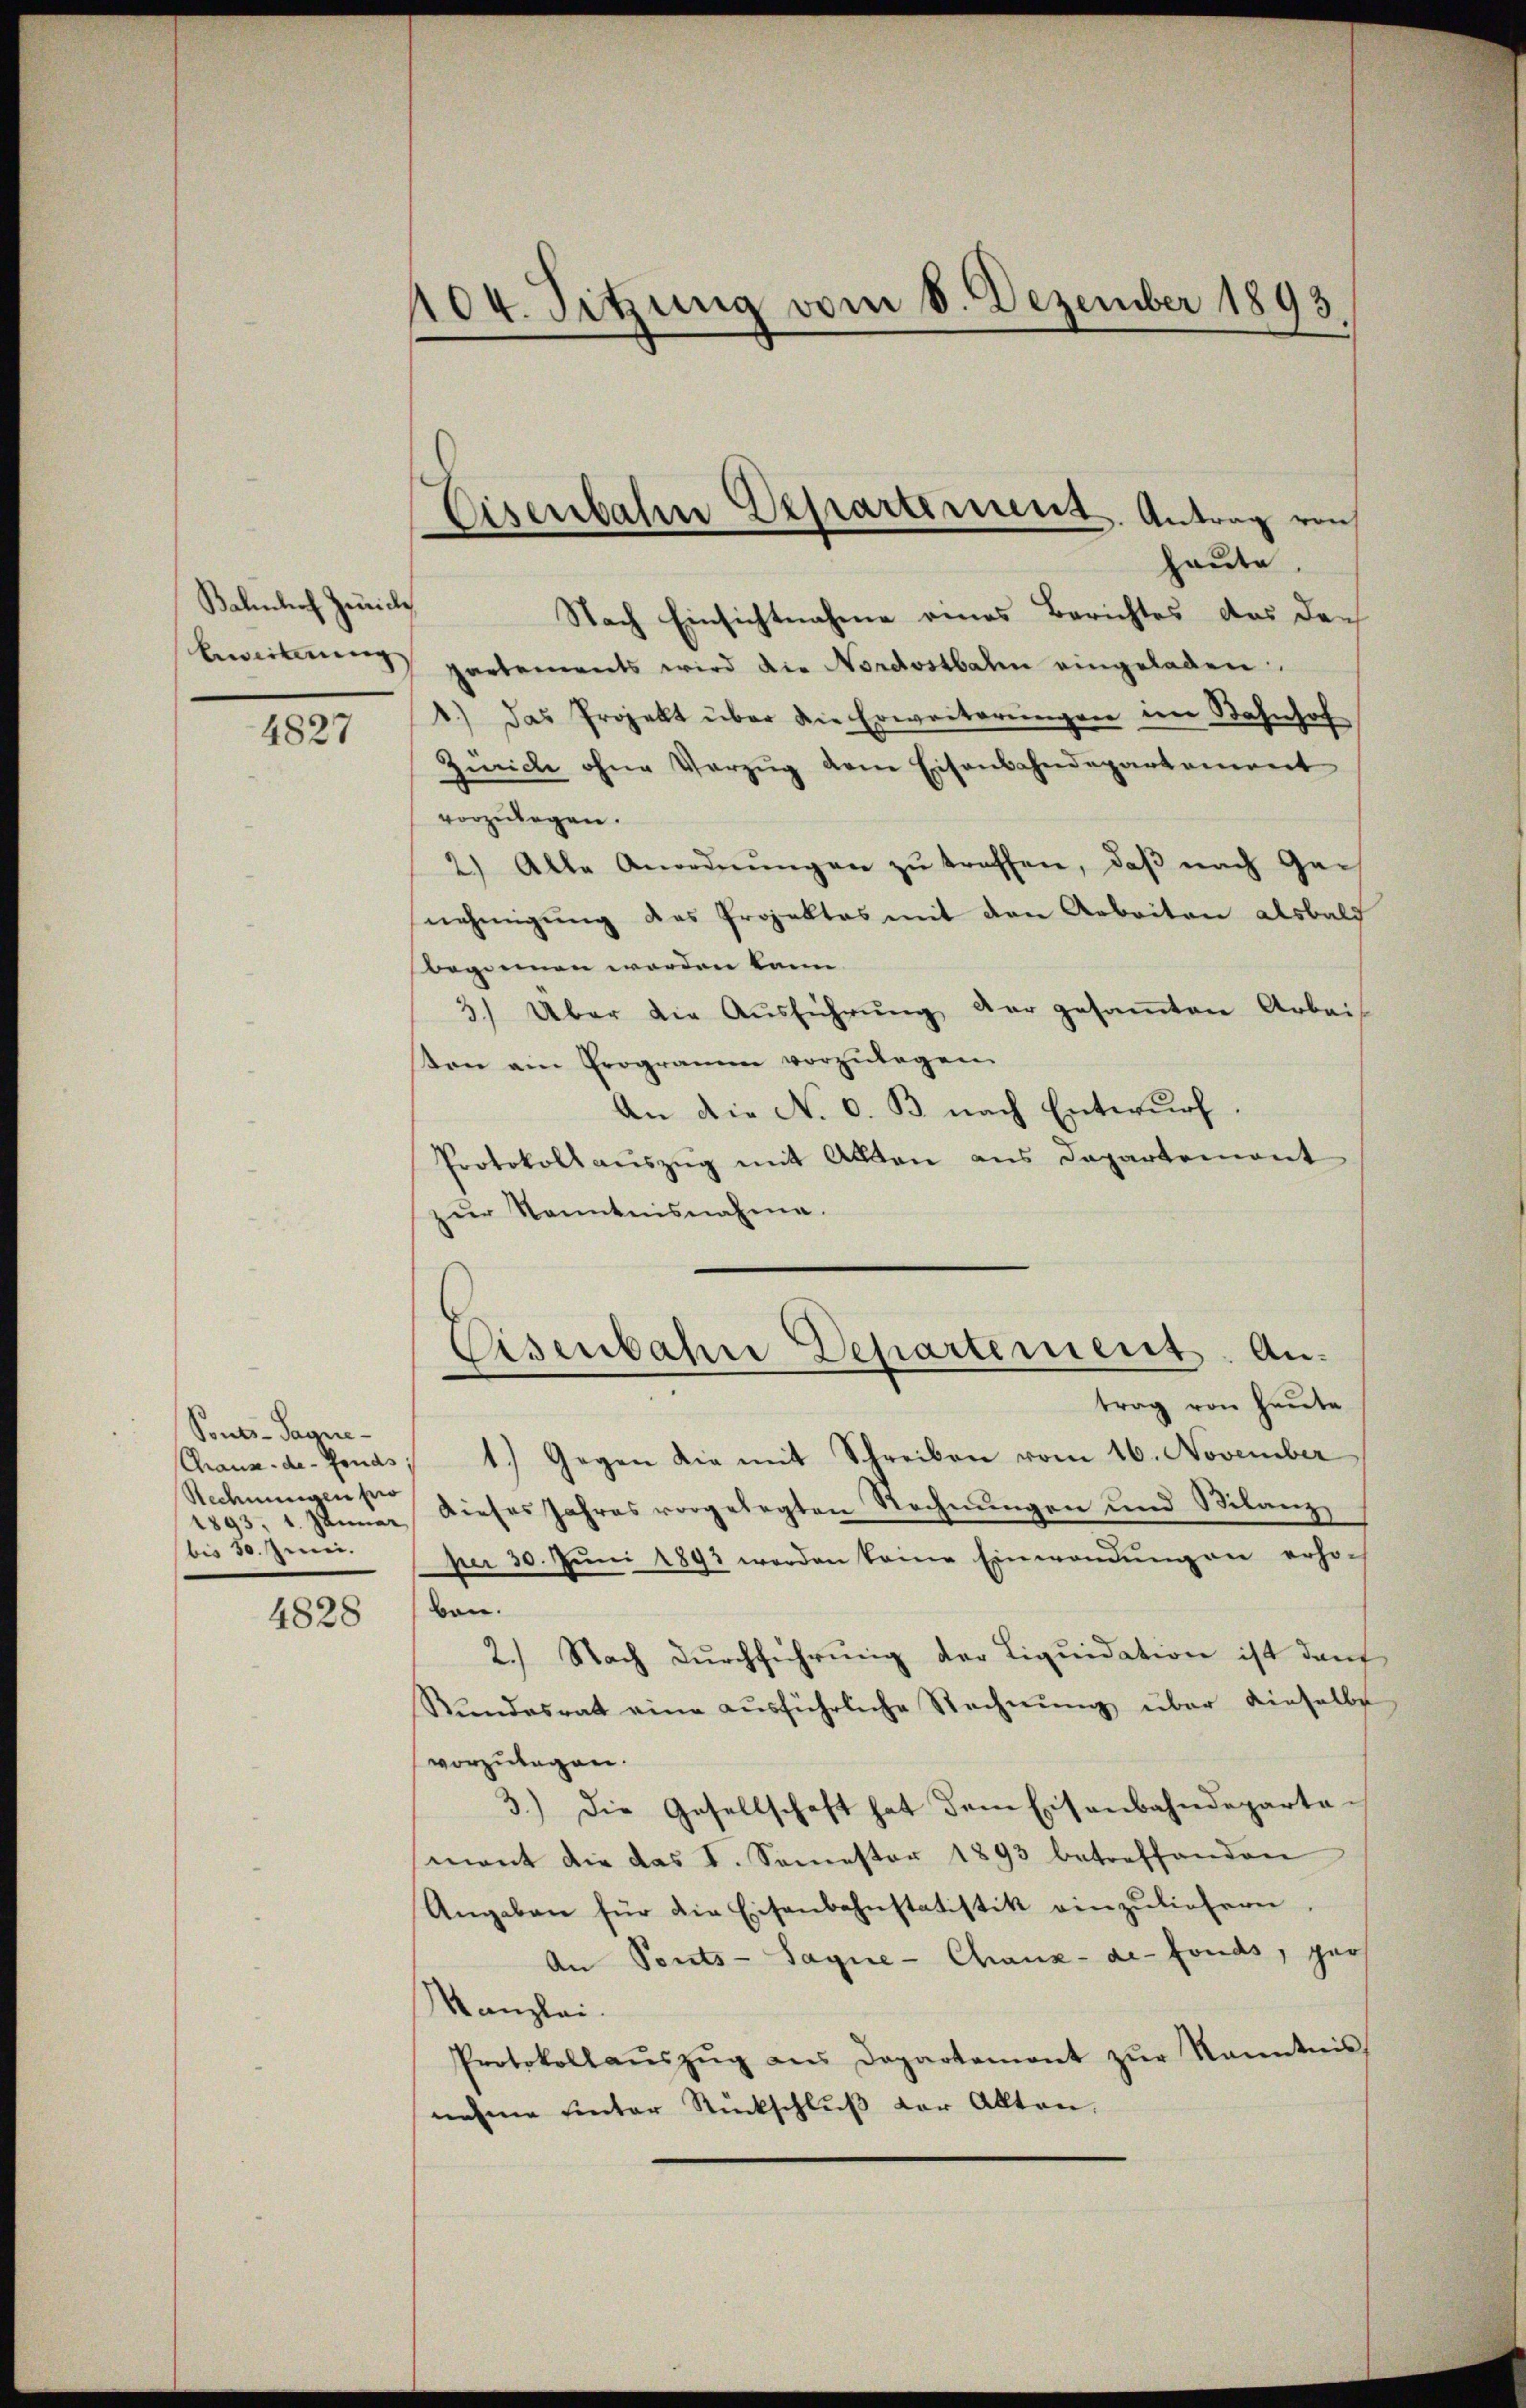
Balmlich Zeiche
Beweiterung

4827

Pouts-Sagnie-
Rechnungen pro
1893, 1. Januar
bis 30. Zwei

4828

104. Sitzung vom 8. Dezember 1893.

Eisenbahn Departement. Antrag von

haute.
Nach Einsichtnahme eines Berichtes das doc
partements wird die Nordostbahn eingeladen.
1.) Das Projekt über die Erweiterŭngen im Bahnhof
Zürich ohne Vorzŭg dem Eisenbahndepartement
vorzulegen.
2) Alle Anordnŭngen zŭ treffen, daβ nach Genehmigung des Projektes mit den Arbeiten alsbald
Beginnen worden kann.
3.) Über die Aŭsführŭng der gesamten Arbeis
on ain Programm vorzŭlegen.
An die N. O. B. nach Entwurf.
Protokoll aŭszŭg mit Akten aus Departement
zur Kenntnisnahme.
Eisenbahre Departement. An-
trag von heute
Chaux-de-Fonds 1.) Gegen die mit Schreiben vom 16. November
Dieses Jahres vorgelegten Rechnŭngen und Bilanz
per 30. Juni 1893 werden keine Einwendungen erhoch
ben.
2.) Nach Durchführung der Liquidation ist dank
Rundesrat eine ausführliche Rechnung über dieselbe
vorzulegen.
3.) Die Gesellschaft hat dem Eisenbahndeparte
mant die das I. Semester 1893 betreffenden
Angaben für die Eisenbahnstatistik einzuliefern.
An Ponts-Sagne- Chaux-de-Fonds, pers
Kanzlei.
Protokollaŭszŭg ans Departement zŭr Kenntnis
nahme unter Rückschluß der Allten.